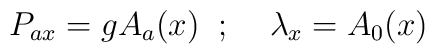
P_{ax} = g A_a (x) \;\; ; \;\;\;\; \lambda_x = A_0 (x)